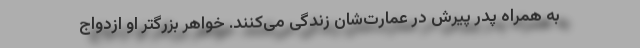
به همراه پدر پیرش در عمارت‌شان زندگی می‌کنند. خواهر بزرگتر او ازدواج